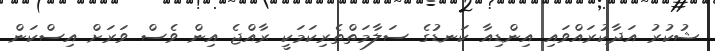
ޝުކުރު އަދާކުރައްވައި އިންޑިއާ ކަނޑުގެ ސަލާމަތްތެރިކަމަކީ ރާއްޖެ އިން ވެސް ވަރަށް އިސްކަން